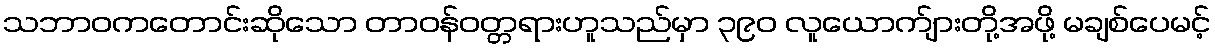
သဘာဝကတောင်းဆိုသော တာဝန်ဝတ္တရားဟူသည်မှာ ၃၉၀ လူယောက်ျားတို့အဖို့ မချစ်ပေမင့်